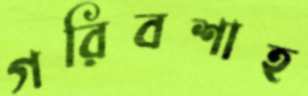
গরিবশাহ